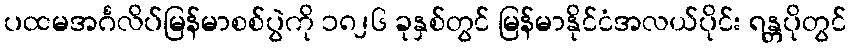
ပထမအင်္ဂလိပ်မြန်မာစစ်ပွဲကို ၁၈၂၆ ခုနှစ်တွင် မြန်မာနိုင်ငံအလယ်ပိုင်း ရန္တပိုတွင်